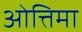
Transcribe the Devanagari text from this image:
ओत्तिमा